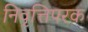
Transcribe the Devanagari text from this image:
निवृत्तिपरक